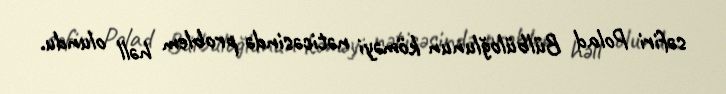
səfiri Polad Bülbüloğlunun köməyi nəticəsində problem həll olundu.